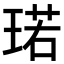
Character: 𪻷